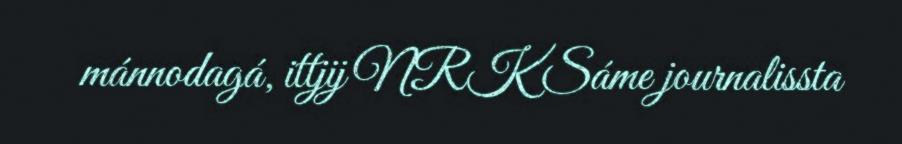
mánnodagá, ittjij NRK Sáme journalissta